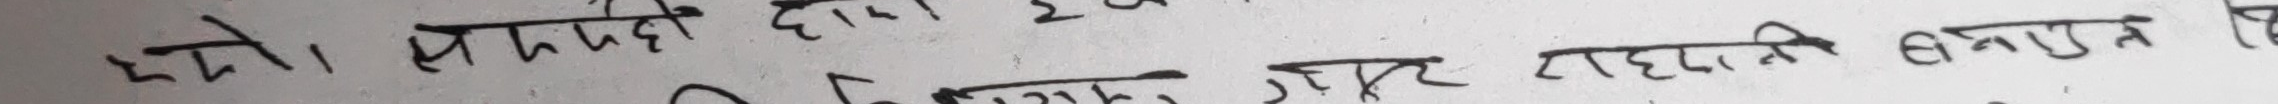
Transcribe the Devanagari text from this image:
यसै। पक्कै होला २
छ दिमागी चाहिँ राधाजी बनाउनु यो